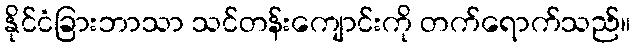
နိုင်ငံခြားဘာသာ သင်တန်းကျောင်းကို တက်ရောက်သည်။